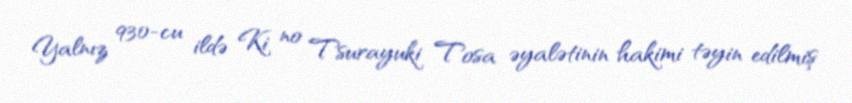
Yalnız 930-cu ildə Ki no Tsurayuki Tosa əyalətinin hakimi təyin edilmiş